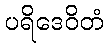
ပရိဒေဝိတံ